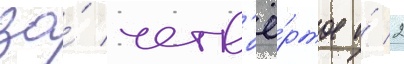
за́ четв'ё́ртое и́ 2